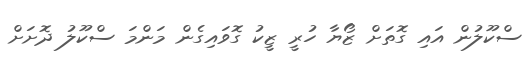
ސްކޫލުން އައި ގޮތަށް ޒޯޔާ ހުރީ ޒީކު ގޮވައިގެން މަންމަ ސްކޫލު ދޮށަށް